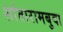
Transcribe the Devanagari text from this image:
शांतारामबुवा